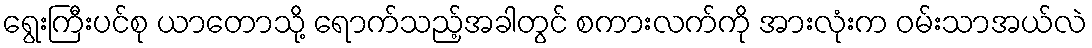
ရွေးကြီးပင်စု ယာတောသို့ ရောက်သည့်အခါတွင် စကားလက်ကို အားလုံးက ဝမ်းသာအယ်လဲ